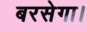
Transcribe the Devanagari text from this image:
बरसेगा।